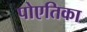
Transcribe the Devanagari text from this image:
पोएतिका